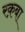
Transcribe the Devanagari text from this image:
रक़बा